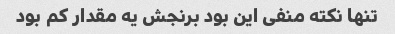
تنها نکته منفی این بود برنجش یه مقدار کم بود